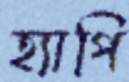
হ্যাপি